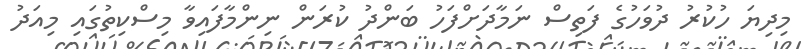
މިދިޔަ ހުކުރު ދުވަހުގެ ފަތިސް ނަމާދަށްފަހު ބަންދު ކުރަން ނިންމާފައިވާ މިސްކިތުގައި މިއަދު